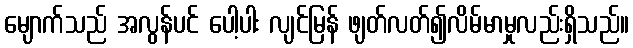
မျောက်သည် အလွန်ပင် ပေါ့ပါး လျင်မြန် ဖျတ်လတ်၍လိမ်မာမှုလည်းရှိသည်။